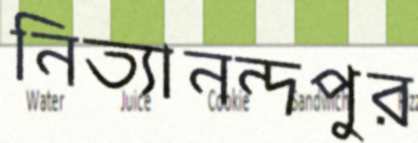
নিত্যানন্দপুর